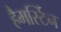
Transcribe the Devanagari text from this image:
हैमर्स्टिन